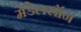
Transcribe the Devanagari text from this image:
मेंडेलसॉन